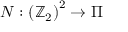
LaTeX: N : \left( \mathbb { Z } _ { 2 } \right) ^ { 2 } \rightarrow \Pi